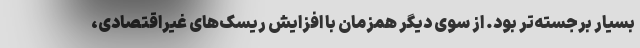
بسیار برجسته‌تر بود. از سوی دیگر همزمان با افزایش ریسک‌های غیراقتصادی،